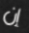
إن